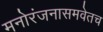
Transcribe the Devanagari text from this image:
मनोरंजनासमवेतच